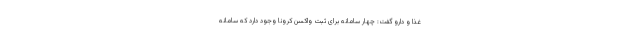
غذا و دارو گفت: چهار سامانه برای ثبت واکسن کرونا وجود دارد که سامانه